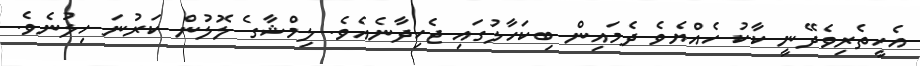
އެހީތެރިވެދޭނީ ކާކު ހެއްޔެވެ ދެމައިން ބިކަހާލުގައި ޖެހިދާނެއެވެ. ލިމްޝާގެ ލޮލުން ކަރުނަ ހިލުނެވެ.